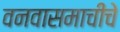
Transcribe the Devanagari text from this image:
वनवासमाचीचे